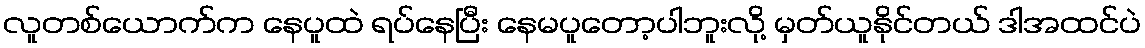
လူတစ်ယောက်က နေပူထဲ ရပ်နေပြီး နေမပူတော့ပါဘူးလို့ မှတ်ယူနိုင်တယ် ဒါအထင်ပဲ